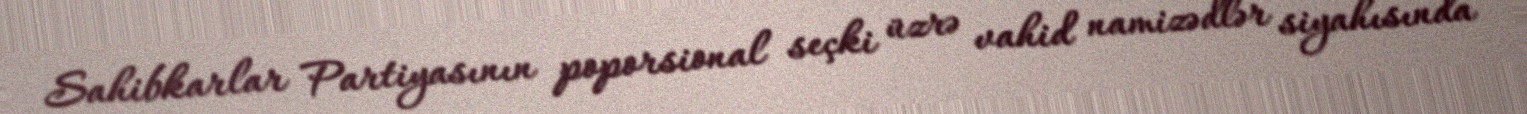
Sahibkarlar Partiyasının poporsional seçki üzrə vahid namizədlər siyahısında